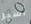
أسير